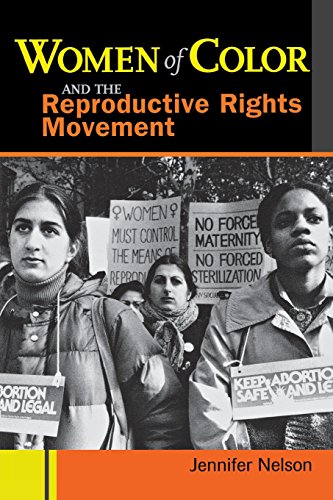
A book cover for Women of Color and the Reproductive Rights Movement; Jennifer Nelson; Gay & Lesbian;